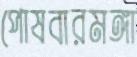
পোষবারমঙ্গা